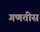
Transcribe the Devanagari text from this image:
गणतीस